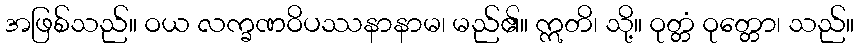
အဖြစ်သည်။ ဝယ လက္ခဏဝိပဿနာနာမ၊ မည်၏။ ဣတိ၊ သို့။ ဝုတ္တံ ဝုတ္တော၊ သည်။